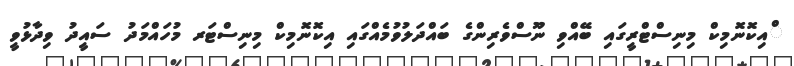
ްއިކޮނޮމިކް މިނިސްޓްރީގައި ބޭއްވި ނޫސްވެރިންގެ ބައްދަލުވުމެއްގައި އިކޮނޮމިކް މިނިސްޓަރ މުހައްމަދު ސައީދު ވިދާޅުވީ